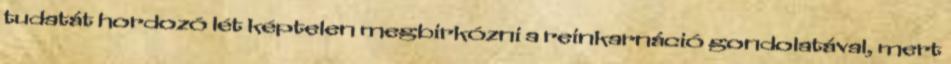
tudatát hordozó lét képtelen megbirkózni a reinkarnáció gondolatával, mert